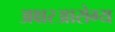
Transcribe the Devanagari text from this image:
अक्षरआरोग्य